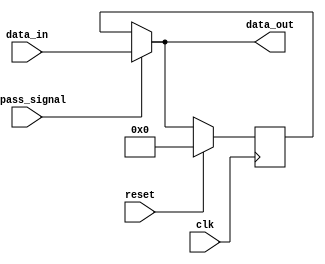
module bypass_register(
    input wire clk,
    input wire reset,
    input wire bypass_signal,
    input wire [7:0] data_in,
    output reg [7:0] data_out
);

reg [7:0] register;

always @(posedge clk) begin
    if (reset) begin
        register <= 8'b0;
    end else begin
        if (bypass_signal) begin
            register <= data_in;
        end
    end
end

assign data_out = bypass_signal ? data_in : register;

endmodule